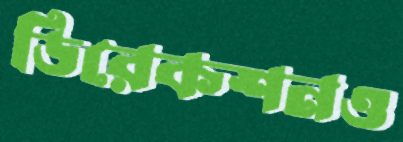
ডিরেকশনও